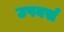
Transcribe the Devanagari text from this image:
उपवर्स